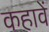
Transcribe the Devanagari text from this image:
कहावें